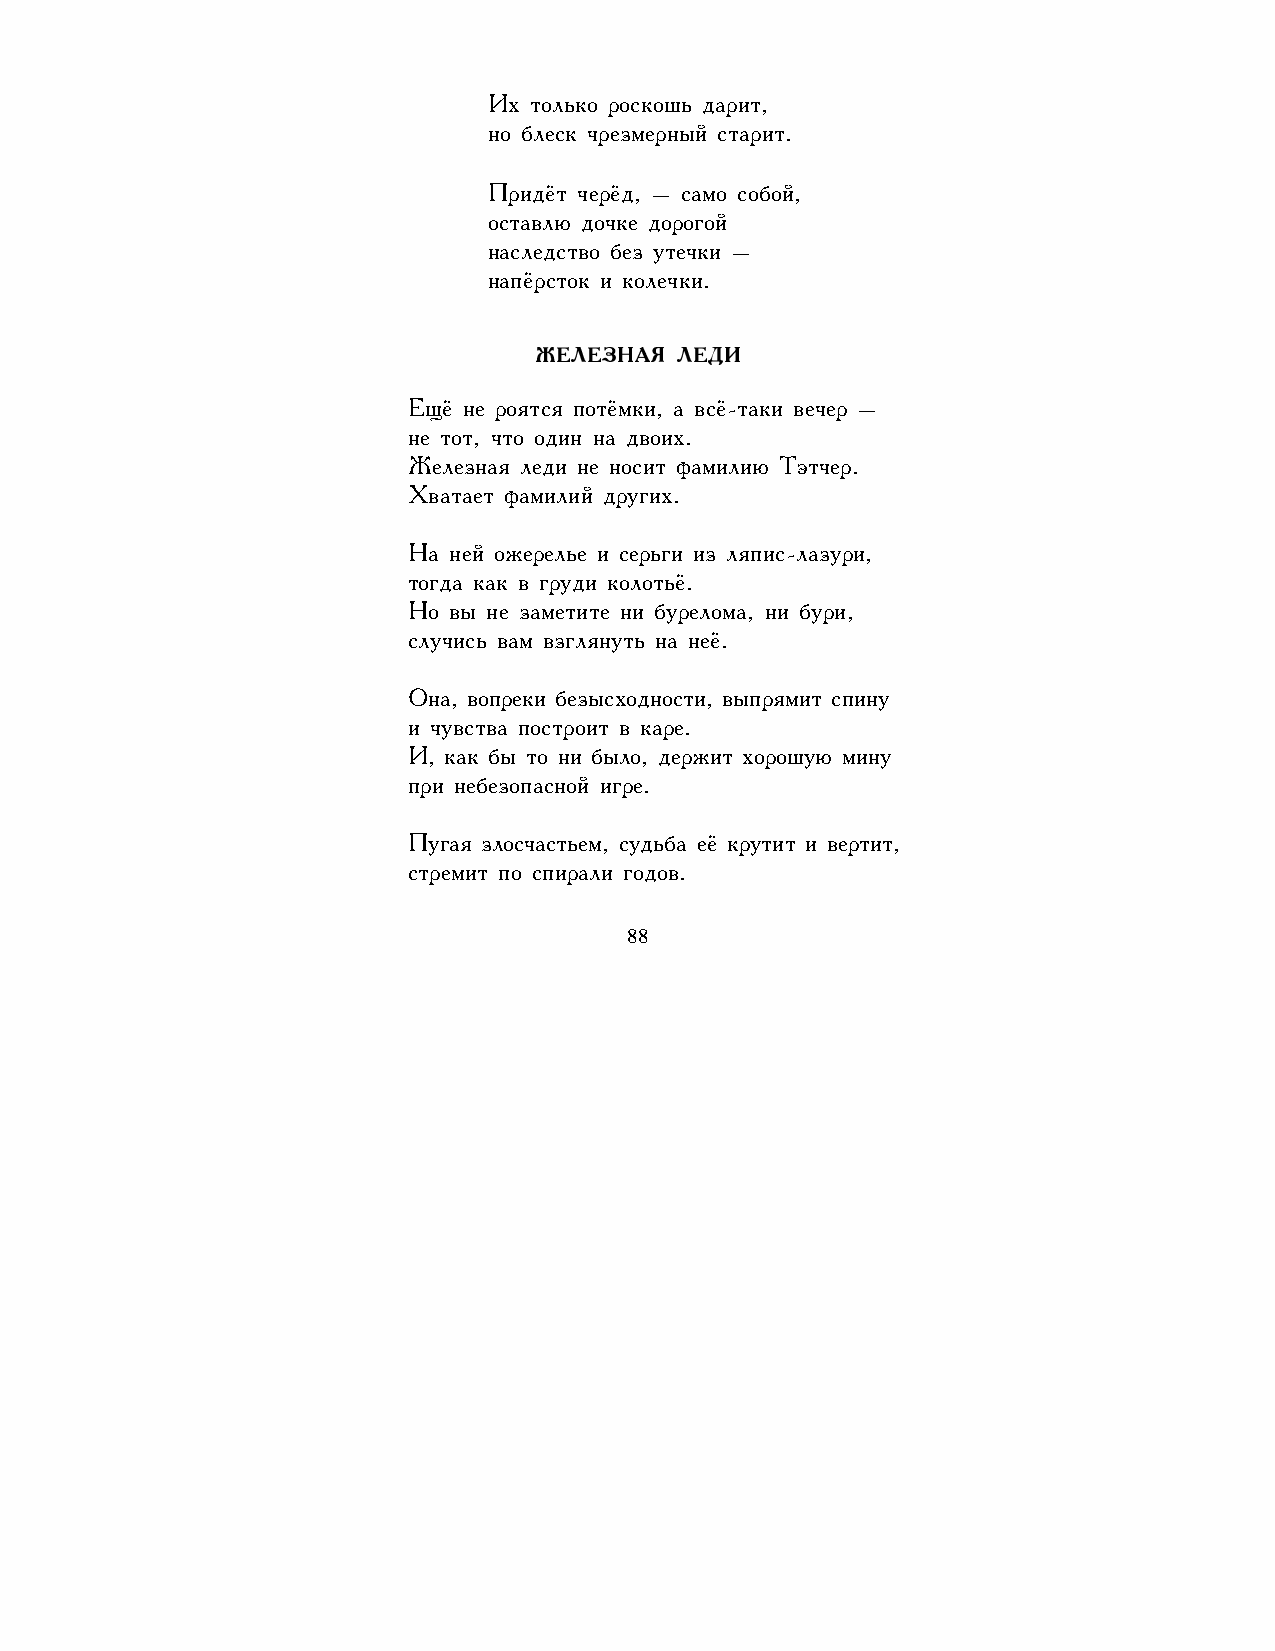
Их только роскошь дарит,
 но блеск чрезмерный старит.
 Придёт черёд, – само собой,
 оставлю дочке дорогой
 наследство без утечки –
 напёрсток и колечки.
 ЖЕЛЕЗНАЯ  ЛЕДИ
 Ещё не роятся потёмки, а всё-таки вечер –
 не тот, что один на двоих.
 Железная леди не носит фамилию Тэтчер.
 Хватает фамилий других.
 На ней ожерелье и серьги из ляпис-лазури,
 тогда как в груди колотьё.
 Но вы не заметите ни бурелома, ни бури,
 случись вам взглянуть на неё.
 Она, вопреки безысходности, выпрямит спину
 и чувства построит в каре.
 И, как бы то ни было, держит хорошую мину
 при небезопасной игре.
 Пугая злосчастьем, судьба её крутит и вертит,
 стремит по спирали годов.
 88